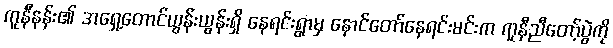
ကူနီနန်း၏ အရှေ့တောင်ယွန်းယွန်းရှိ နေရင်းရွာမှ နောင်တော်နေရင်းမင်းက ကူနီညီတော့်ပွဲကို